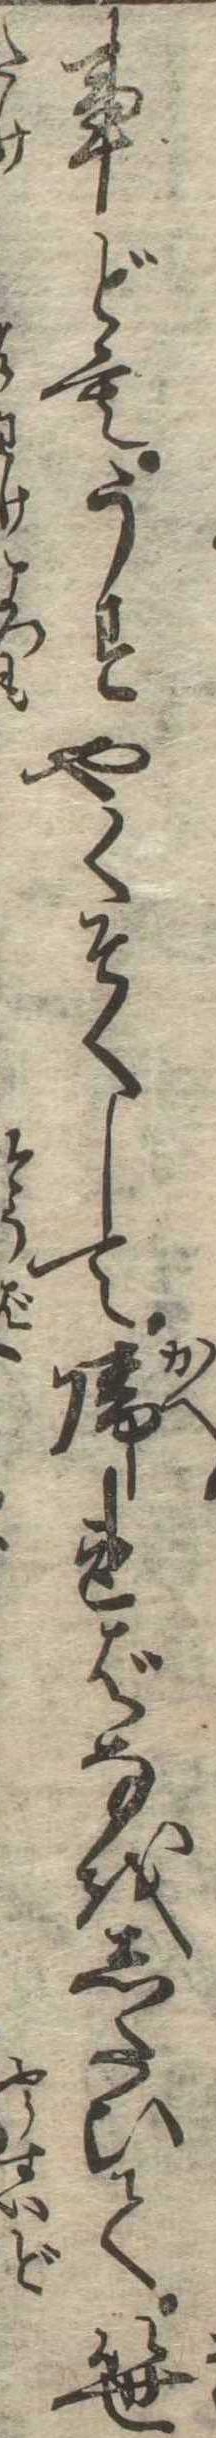
事どもうすやくそくして帰ればなをしたひて笹